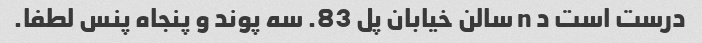
درست است د n سالن خیابان پل 83. سه پوند و پنجاه پنس لطفا.